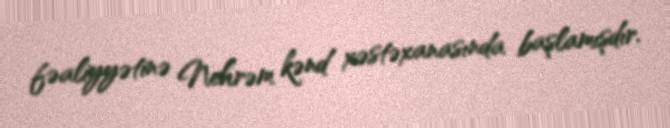
fəaliyyətinə Nehrəm kənd xəstəxanasında başlamışdır.